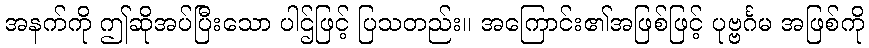
အနက်ကို ဤဆိုအပ်ပြီးသော ပါဌ်ဖြင့် ပြသတည်း။ အကြောင်း၏အဖြစ်ဖြင့် ပုဗ္ဗင်္ဂမ အဖြစ်ကို